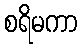
စရိမကာ